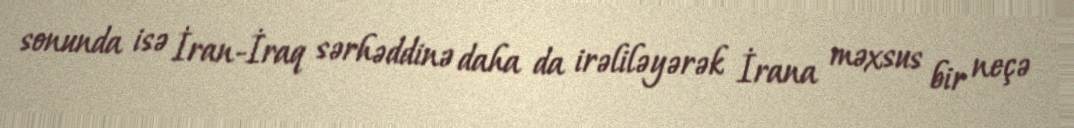
sonunda isə İran-İraq sərhəddinə daha da irəliləyərək İrana məxsus bir neçə